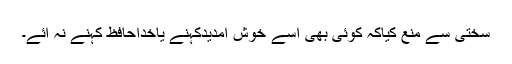
سختی سے منع کیاکہ کوئی بھی اسے خوش آمدیدکہنے یاخداحافظ کہنے نہ آئے۔